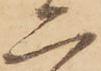
二